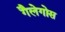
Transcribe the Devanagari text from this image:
गैलेगोस